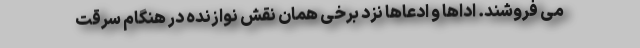
می فروشند. اداها و ادعاها نزد برخی همان نقش نوازنده در هنگام سرقت